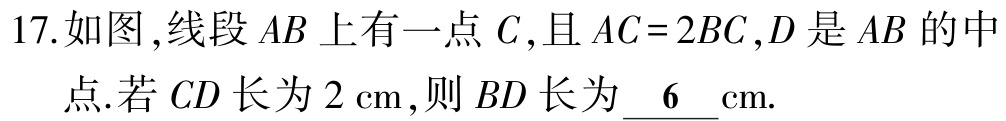
17.如图,线段 \(AB\) 上有一点 \(C\),且 \(AC = 2BC\),\(D\) 是 \(AB\) 的中
点.若 \(CD\) 长为 \(2\mathrm{cm}\),则 \(BD\) 长为 \(\underline{6}\mathrm{cm}\).